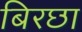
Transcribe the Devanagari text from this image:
बिरछा